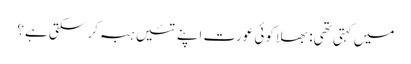
میں کہتی تھی: بھلا کوئی عورت اپنے تئیں ہبہ کر سکتی ہے؟